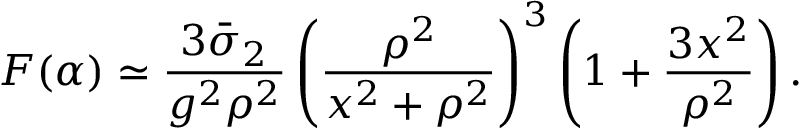
F ( \alpha ) \simeq \frac { 3 \bar { \sigma } _ { 2 } } { g ^ { 2 } \rho ^ { 2 } } \left( \frac { \rho ^ { 2 } } { x ^ { 2 } + \rho ^ { 2 } } \right) ^ { 3 } \left( 1 + \frac { 3 x ^ { 2 } } { \rho ^ { 2 } } \right) .